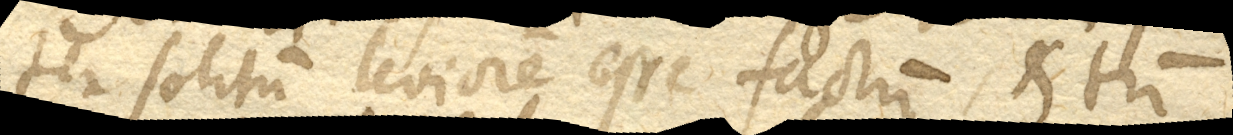
ter solitum leviorem esse factum, et tum